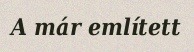
A már említett